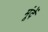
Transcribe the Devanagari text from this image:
मूंदें